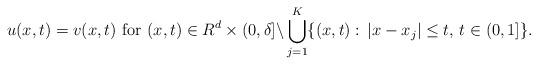
LaTeX: \begin{align*}u(x,t)=v(x,t)\,\,{\rm for}\,\,(x,t)\in R^d\times (0,\delta]\backslash \bigcup_{j=1}^{K}\{(x,t):\,|x-x_j|\leq t, \,t\in (0,1]\}.\end{align*}